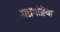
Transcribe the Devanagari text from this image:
गडगडिया